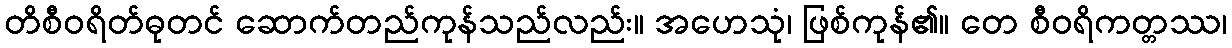
တိစီဝရိတ်ဓုတင် ဆောက်တည်ကုန်သည်လည်း။ အဟေသုံ၊ ဖြစ်ကုန်၏။ တေ စီဝရိကတ္တဿ၊